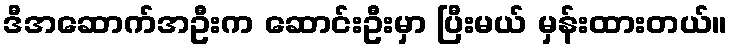
ဒီအဆောက်အဦးက ဆောင်းဦးမှာ ပြီးမယ် မှန်းထားတယ်။